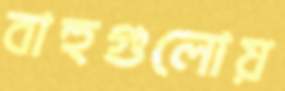
বাহুগুলোয়